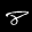
Label: 8